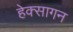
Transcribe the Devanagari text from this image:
हेक्सागन